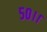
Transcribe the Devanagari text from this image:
५०।।